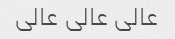
عالی عالی عالی